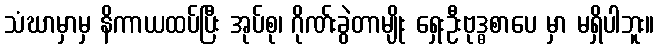
သံဃာမှာမှ နိကာယထပ်ပြီး အုပ်စု၊ ဂိုဏ်းခွဲတာမျိုး ရှေးဦးဗုဒ္ဓစာပေ မှာ မရှိပါဘူး။